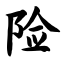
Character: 险